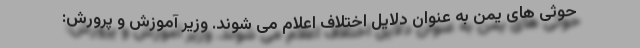
حوثی های یمن به عنوان دلایل اختلاف اعلام می شوند. وزیر آموزش و پرورش: